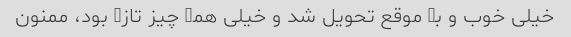
خیلی خوب و بہ موقع تحویل شد و خیلی ھمہ چیز تازہ بود، ممنون